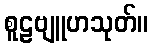
စူဠဗျူဟသုတ်။